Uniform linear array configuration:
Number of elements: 32
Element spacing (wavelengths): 1
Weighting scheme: exponential
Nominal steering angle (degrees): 60
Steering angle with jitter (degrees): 58.669
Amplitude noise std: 0.05
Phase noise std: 0.05

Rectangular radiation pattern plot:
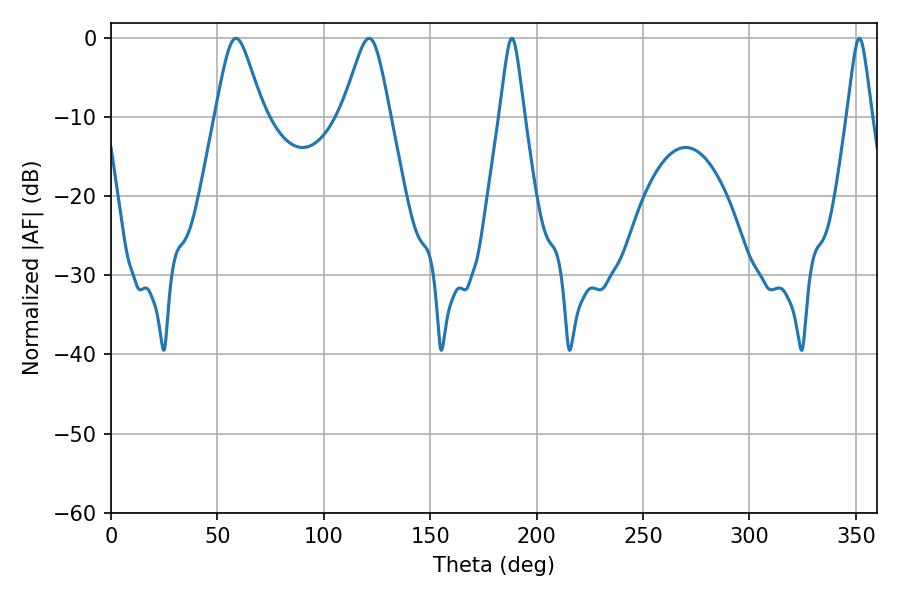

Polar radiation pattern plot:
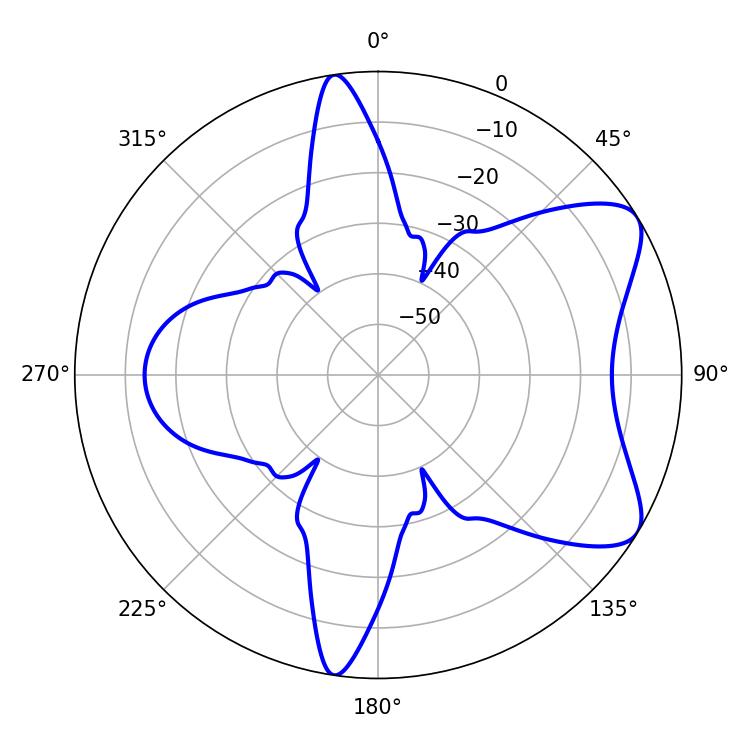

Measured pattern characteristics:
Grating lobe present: TRUE
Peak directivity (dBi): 7.415
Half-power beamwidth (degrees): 10.98
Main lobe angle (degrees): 58.68